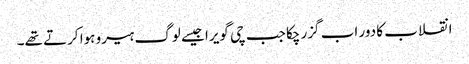
انقلاب کا دور اب گزر چکا جب چی گویرا جیسے لوگ ہیرو ہوا کرتے تھے۔